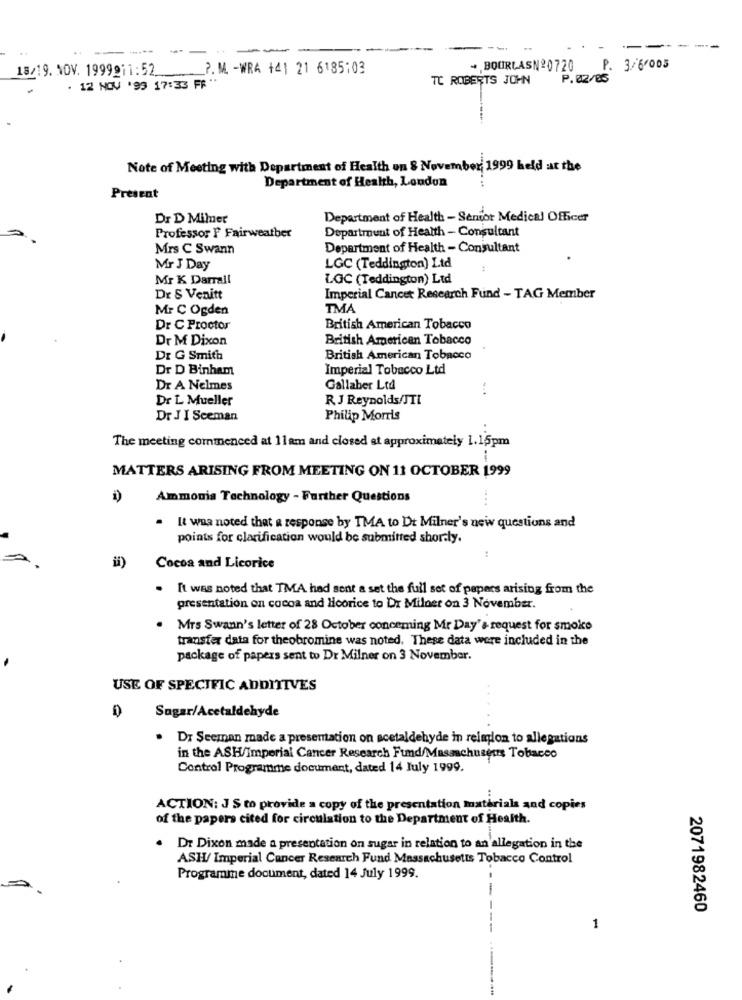
-
18/19. NOV. 1999911:52.
P. M. - WRA +41 21 6185:03
+ BOURLASN20720
P. 3/6/003
TC ROBERTS JOHN
P.02/85
. 12 NOV '99 17:33 FF "
Note of Meeting with Department of Health on 8 November 1999 held at the
Department of Health, London
Present
Dr D Mimer
Department of Health - Senior Medical Officer
Department of Health - Consultant
Professor F Fairweather
Mrs C Swann
Department of Health - Consultant
Mr J Day
LGC (Teddington) Ltd
Mr K Darrall
LGC (Teddington) Ltd
Dr S Venitt
Imperial Cancer Research Fund - TAG Member
Mr C Ogden
TMA
Dr C Proctor
British American Tobacco
Dr M Dixon
British American Tobacco
Dr G Smith
British American Tobacco
Dr D Binham
Imperial Tobacco Ltd
Dr A Nelmes
Gallaber Ltd
Dr L Mueller
R J Reynolds/JTL
Dr J I Sceman
Philip Morris
The meeting commenced at 11am and closed at approximately 1.15pm
MATTERS ARISING FROM MEETING ON 11 OCTOBER 1999
Ammonia Technology - Further Questions
It waa noted that a response by TMA to Dt Milner's new questions and
points for clarification would be submitted shortly.
Cocoa and Licorice
It was noted that TMA had sent a set the full set of papers arising from the
presentation on cocoa and licorice to Dr Milner on 3 November.
Mrs Swann's letter of 28 October conceming Mr Day's request for smoke
transfer data for theobromine was noted. These data were included in the
package of papers sent to Dr Milner on 3 November.
USE OF SPECIFIC ADDITIVES
Sugar/Acetaldehyde
. Dr Seeman made a presentation on acetaldehyde in reimlon to allegations
in the ASH/Imperial Cancer Research Fund/Massachusetts Tobacco
Control Programme document, dated 14 July 1999.
ACTION: J S to provide a copy of the presentation materials and copies
of the papers cited for circulation to the Department of Health.
.
Dr Dixon made a presentation on sugar in relation to an allegation in the
ASH/ Imperial Cancer Research Fund Massachusetts Tobacco Control
Programme document, dated 14 July 1999.
2071982460
1